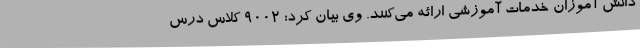
دانش آموزان خدمات آموزشی ارائه می‌کنند. وی بیان کرد: 9002 کلاس درس